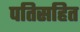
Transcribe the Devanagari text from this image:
पतिसहित